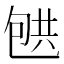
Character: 𰅟